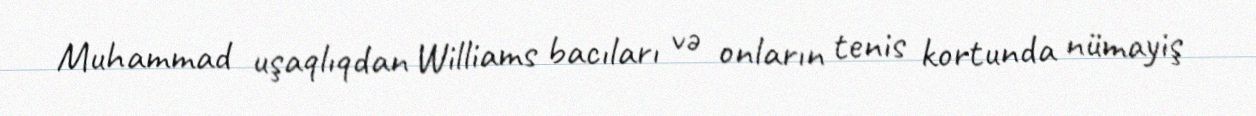
Muhammad uşaqlıqdan Williams bacıları və onların tenis kortunda nümayiş